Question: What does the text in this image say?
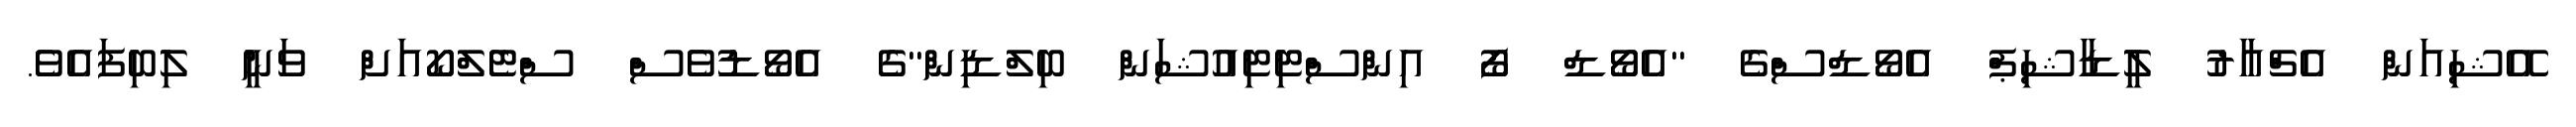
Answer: އޭޝިއަން އެޗްއާރު ލީޑާޝިޕް އެވޯޑްސްގެ "އެވޯޑް ފޯ އިންސްޓިޓިއުޝަން ބިލްޑިން"ގެ އެވޯޑުވެސް ސްޓެލްކޯއަށް ވަނީ ލިބިފައެވެ.